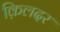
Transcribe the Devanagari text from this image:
क़िलदर